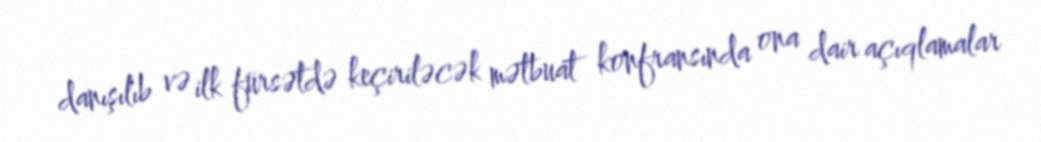
danışılıb və ilk fürsətdə keçiriləcək mətbuat konfransında ona dair açıqlamalar